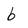
Character: b